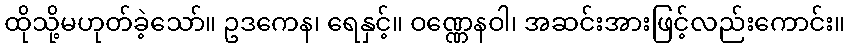
ထိုသို့မဟုတ်ခဲ့သော်။ ဥဒကေန၊ ရေနှင့်။ ဝဏ္ဏေနဝါ၊ အဆင်းအားဖြင့်လည်းကောင်း။